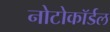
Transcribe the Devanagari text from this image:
नोटोकॉर्डल